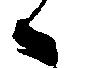
候